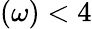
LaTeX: (\omega)<4